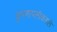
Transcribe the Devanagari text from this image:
कुंपणापलीकडले